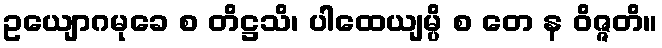
ဥယျောဂမုခေ စ တိဋ္ဌသိ၊ ပါထေယျမ္ပိ စ တေ န ဝိဇ္ဇတိ။